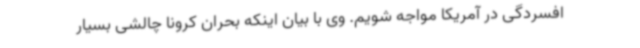
افسردگی در آمریکا مواجه شویم. وی با بیان اینکه بحران کرونا چالشی بسیار